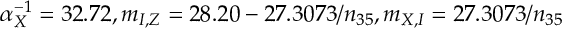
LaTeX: \alpha _ { X } ^ { - 1 } = 3 2 . 7 2 , m _ { I , Z } = 2 8 . 2 0 - 2 7 . 3 0 7 3 / n _ { 3 5 } , m _ { X , I } = 2 7 . 3 0 7 3 / n _ { 3 5 }